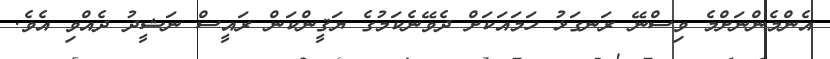
އެންމެންނަށްމެ ވިސްނޭ ރަނގަޅު ހަމައަކަށް ދެވޭނެކަމުގެ ޔަޤީންކަން ރައީސް ނަޝީދު ދެއްވި އެވެ.